Civil Veterinary Department Bengal reports 1923-33 - 1923-1933
Year: 1923
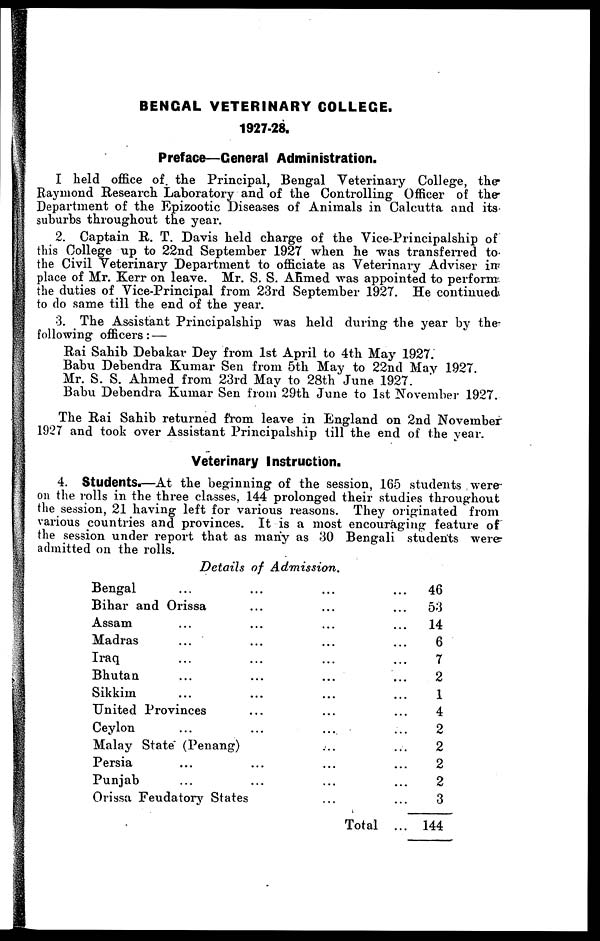
BENGAL VETERINARY COLLEGE.
1927-28.
Preface—General Administration.
I held office of. the Principal, Bengal Veterinary College, the
Raymond Research Laboratory and of the Controlling Officer of the-
Department of the Epizootic Diseases of Animals in Calcutta and its
suburbs throughout the year.
2. Captain R. T. Davis held charge of the Vice-Principalship of
this College up to 22nd September 1927 when he was transferred to-
the Civil Veterinary Department to officiate as Veterinary Adviser in
place of Mr. Kerr on leave. Mr. S. S. Afimed was appointed to perform
the duties of Vice-Principal from 23rd September 1927. He continued
to do same till the end of the year.
3. The Assistant Principalship was held during the year by the-
following officers: —
Rai Sahib Debakar Dey from 1st April to 4th May 1927.
Babu Debendra Kumar Sen from 5th May to 22nd May 1927.
Mr. S. S. Ahmed from 23rd May to 28th June 1927.
Babu Debendra Kumar Sen from 29th June to 1st November 1927.
The Rai Sahib returned from leave in England on 2nd November
1927 and took over Assistant Principalship till the end of the year.
Veterinary Instruction.
4. Students.—At the beginning of the session, 165 students were-
on the rolls in the three classes, 144 prolonged their studies throughout
the session, 21 having left for various reasons. They originated from
various countries and provinces. It is a most encouraging feature of
the session under report that as many as 30 Bengali students were
admitted on the rolls.
Details of Admission.
Bengal ... ..
Bihar and Orissa ...
Assam ... ...
Madras ... ...
Iraq ... ...
Bhutan ... ...
Sikkim ... ...
United Provinces ...
Ceylon ... ...
Malay State (Penang)
Persia ... ...
Punjab ... ...
Orissa Feudatory States
...
...
...
...
...
...
...
...
...
...
...
...
...
Total
...
...
...
...
...
...
...
...
...
...
...
...
...
...
46
53
14
6
7
2
1
4
2
2
2
2
3
144